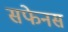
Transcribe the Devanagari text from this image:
सफेनस